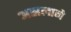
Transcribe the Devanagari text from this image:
असलाने